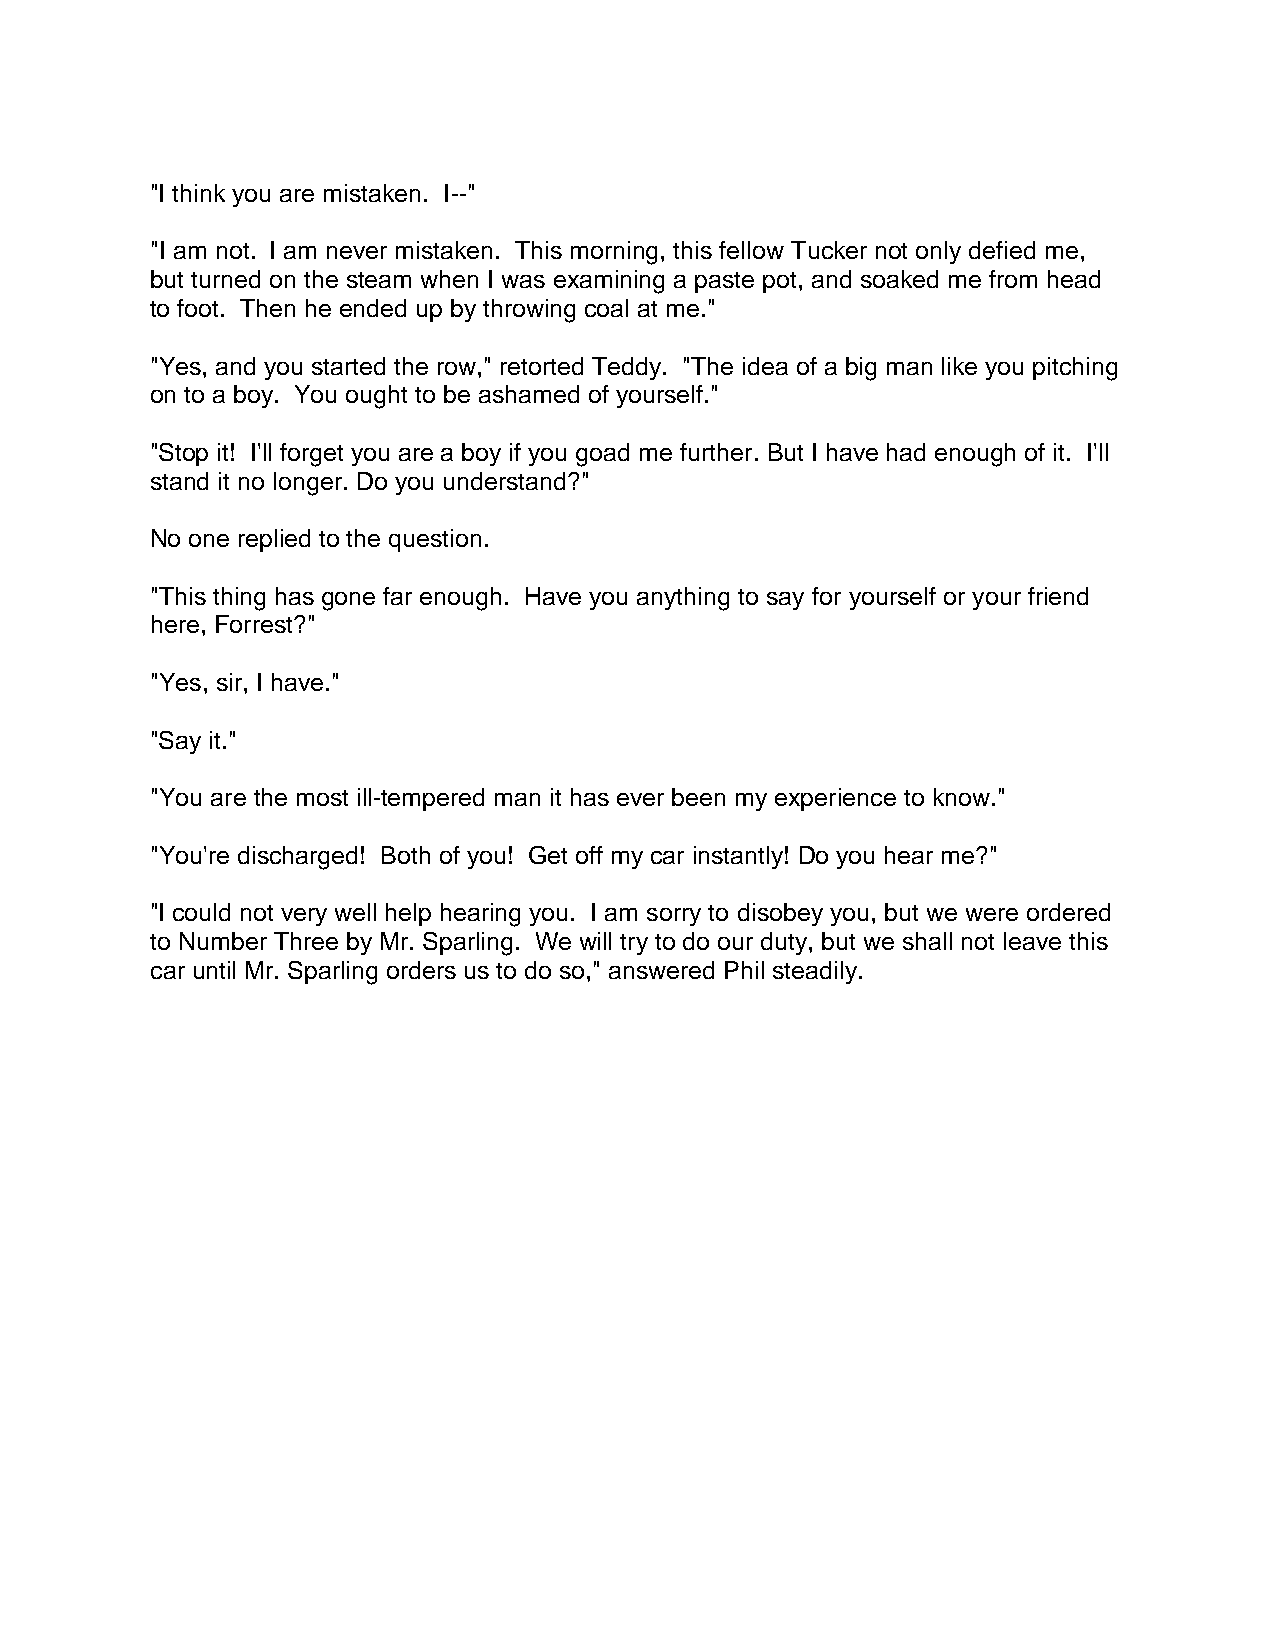
"I think you are mistaken. I--"
 "I am not. I am never mistaken. This morning, this fellow Tucker not only defied me,
 but turned on the steam when I was examining a paste pot, and soaked me from head
 to foot. Then he ended up by throwing coal at me."
 "Yes, and you started the row," retorted Teddy. "The idea of a big man like you pitching
 on to a boy. You ought to be ashamed of yourself."
 "Stop it! I'll forget you are a boy if you goad me further. But I have had enough of it. I'll
 stand it no longer. Do you understand?"
 No one replied to the question.
 "This thing has gone far enough. Have you anything to say for yourself or your friend
 here, Forrest?"
 "Yes, sir, I have."
 "Say it."
 "You are the most ill-tempered man it has ever been my experience to know."
 "You're discharged! Both of you! Get off my car instantly! Do you hear me?"
 "I could not very well help hearing you. I am sorry to disobey you, but we were ordered
 to Number Three by Mr. Sparling. We will try to do our duty, but we shall not leave this
 car until Mr. Sparling orders us to do so," answered Phil steadily.